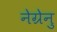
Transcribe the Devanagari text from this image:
नेग्रेनु